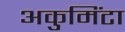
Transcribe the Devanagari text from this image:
अकुमिंटा